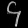
Digit: ၄